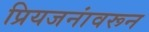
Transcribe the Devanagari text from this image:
प्रियजनांवरून